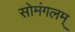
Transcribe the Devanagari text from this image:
सोमंगलम्